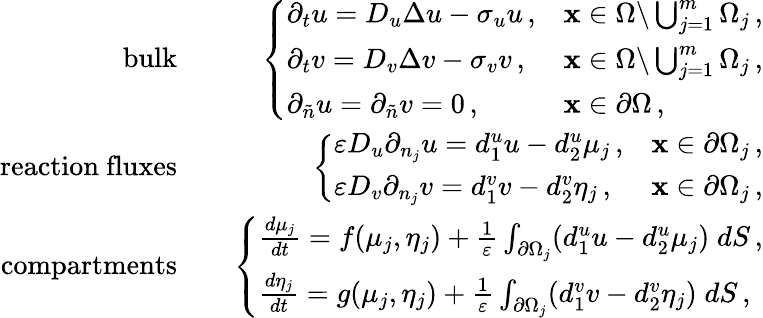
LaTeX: \begin{array}{rlr}{\mathrm{bulk}}&{}&{\left\{ \begin{array}{ll}{\partial_{t}u=D_{u}\Delta u-\sigma_{u}u\, ,}&{{\mathbf x}\in\Omega\backslash\bigcup_{j=1}^{m}\Omega_{j}\, ,}\\ {\partial_{t}v=D_{v}\Delta v-\sigma_{v}v\, ,}&{{\mathbf x}\in\Omega\backslash\bigcup_{j=1}^{m}\Omega_{j}\, ,}\\ {\partial_{\tilde{n}}u=\partial_{\tilde{n}}v=0\, ,}&{{\mathbf x}\in\partial\Omega\, ,}\end{array}\right.}\\ {\mathrm{reaction~fluxes}}&{}&{\left\{ \begin{array}{ll}{\varepsilon D_{u}\partial_{n_{j}}u=d_{1}^{u}u-d_{2}^{u}\mu_{j}\, ,}&{{\mathbf x}\in\partial\Omega_{j}\, ,}\\ {\varepsilon D_{v}\partial_{n_{j}}v=d_{1}^{v}v-d_{2}^{v}\eta_{j}\, ,}&{{\mathbf x}\in\partial\Omega_{j}\, ,}\end{array}\right.}\\ {\mathrm{compartments}}&{}&{\left\{ \begin{array}{ll}{\frac{d\mu_{j}}{dt}=f(\mu_{j},\eta_{j})+\frac{1}{\varepsilon}\int_{\partial\Omega_{j}}(d_{1}^{u}u-d_{2}^{u}\mu_{j})\; dS\, ,}\\ {\frac{d\eta_{j}}{dt}=g(\mu_{j},\eta_{j})+\frac{1}{\varepsilon}\int_{\partial\Omega_{j}}(d_{1}^{v}v-d_{2}^{v}\eta_{j})\; dS\, ,}\end{array}\right.}\end{array}